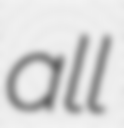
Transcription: all